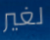
لغير